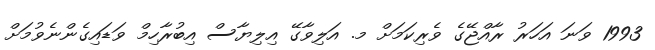
1993 ވަނަ އަހަރު ރާއްޖޭގެ ވެރިކަމަށް މ. އަލިވާގޭ އިލިޔާސް އިބުރާހިމް ވަޑައިގެންނެވުމަށް